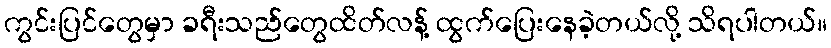
ကွင်းပြင်တွေမှာ ခရီးသည်တွေထိတ်လန့် ထွက်ပြေးနေခဲ့တယ်လို့ သိရပါတယ်။